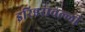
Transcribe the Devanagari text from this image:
इरिन्नरावल्ली